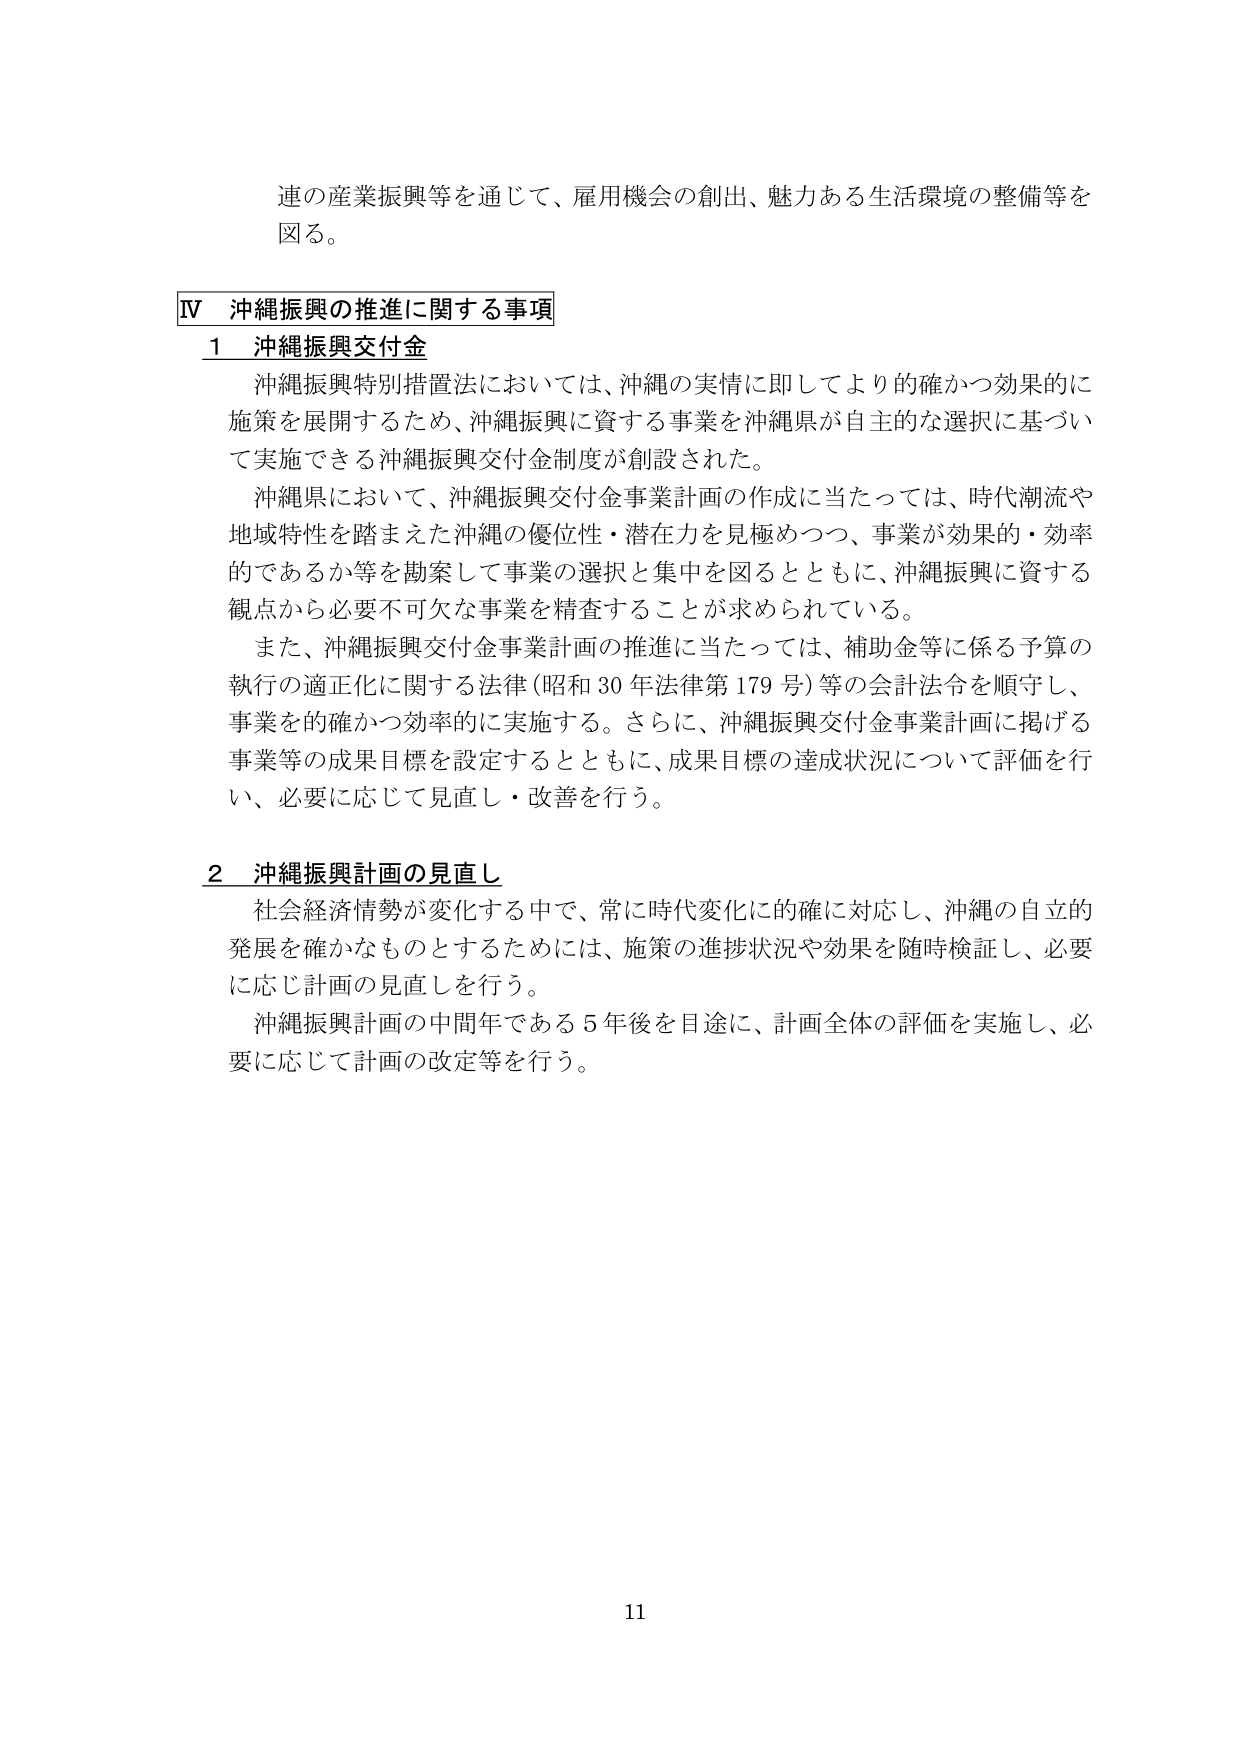
連の産業振興等を通じて、雇用機会の創出、魅力ある生活環境の整備等を図る。

Ⅳ 沖縄振興の推進に関する事項

1 沖縄振興交付金

沖縄振興特別措置法においては、沖縄の実情に即してより的確かつ効果的に施策を展開するため、沖縄振興に資する事業を沖縄県が自主的な選択に基づいて実施できる沖縄振興交付金制度が創設された。

沖縄県において、沖縄振興交付金事業計画の作成に当たっては、時代潮流や地域特性を踏まえた沖縄の優位性・潜在力を見極めつつ、事業が効果的・効率的であるか等を勘案して事業の選択と集中を図るとともに、沖縄振興に資する観点から必要不可欠な事業を精査することが求められている。

また、沖縄振興交付金事業計画の推進に当たっては、補助金等に係る予算の執行の適正化に関する法律（昭和30年法律第179号）等の会計法令を順守し、事業を的確かつ効率的に実施する。さらに、沖縄振興交付金事業計画に掲げる事業等の成果目標を設定するとともに、成果目標の達成状況について評価を行い、必要に応じて見直し・改善を行う。

2 沖縄振興計画の見直し

社会経済情勢が変化する中で、常に時代変化に的確に対応し、沖縄の自立的発展を確かなものとするためには、施策の進捗状況や効果を随時検証し、必要に応じ計画の見直しを行う。

沖縄振興計画の中間年である5年後を目途に、計画全体の評価を実施し、必要に応じて計画の改定等を行う。

11